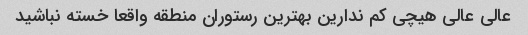
عالی عالی هیچی کم ندارین بهترین رستوران منطقه واقعا خسته نباشید